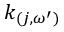
k _ { ( j , \omega ^ { \prime } ) }